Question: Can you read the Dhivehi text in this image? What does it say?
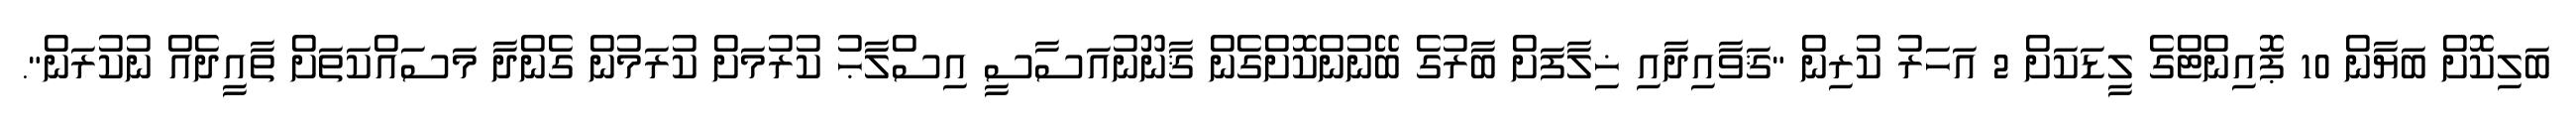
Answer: ބަލިކޮށް ބަޔާން 10 ޕޮއިންޓްގެ ލީޑަކަށް 2 އަހަރު ކުރިން "ޤަވާއިދާއި ޚިލާފަށް ބާރުގެ ބޭނުންކޮށްގެން ޤާނޫނުއަސާސީ އިސްލާޙު ކުރުމަށް ކުރަމުން ގެންދާ މަސައްކަތަށް ތާއީދެއް ނުކުރަން".